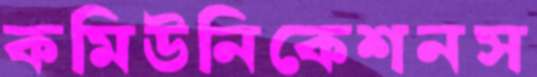
কমিউনিকেশনস